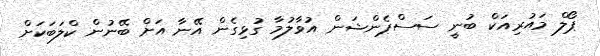
ޕޯލް މައުރިއަކް ބުނީ ސަސްޕެންޝަން އުވާލުމާ ގުޅިގެން އޭނާ އަށް ބޭނުން ކްލަބަކަށް